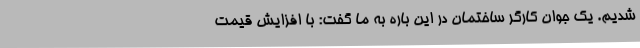
شدیم. یک جوان کارگر ساختمان در این باره به ما گفت: با افزایش قیمت